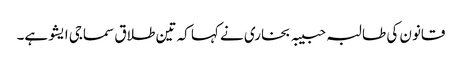
قانون کی طالبہ حبیبہ بخاری نے کہا کہ تین طلاق سماجی ایشو ہے۔